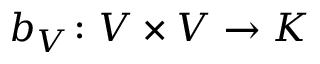
b _ { V } \colon V \times V \to K